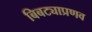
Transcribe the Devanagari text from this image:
बिबट्याप्रणव